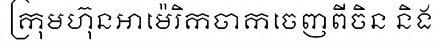
ក្រុមហ៊ុនអាម៉េរិកចាកចេញពីចិន និង